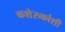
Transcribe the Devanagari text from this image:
कशेरुकांशी